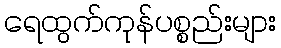
ရေထွက်ကုန်ပစ္စည်းများ